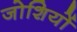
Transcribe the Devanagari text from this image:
जोशियों